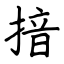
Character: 揞